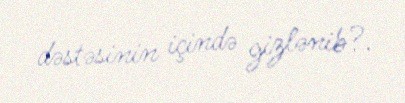
dəstəsinin içində gizlənib?.